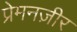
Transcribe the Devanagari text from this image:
प्रेमनज़ीर